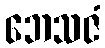
ဘေသဇံ